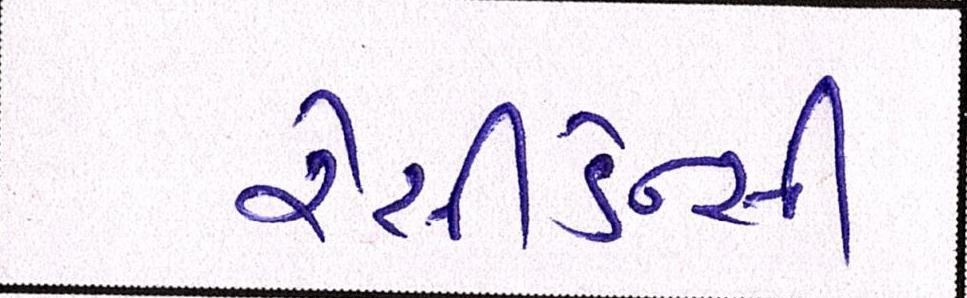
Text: રેસીડેન્સી